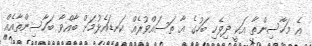
އެ މަހާސިންތާ އަކީ ދިވެހި ބަހުގެ އާ ތަސައްވުރެއް ކަނޑައެޅުމަށް ބާއްވާ ބަހާސިންތާއެއް